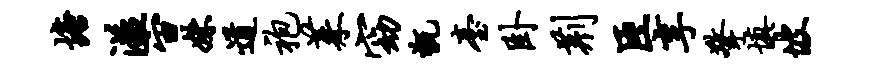
塘溢宙姝道袍茱窈甑台卧荆臣享擎填坡